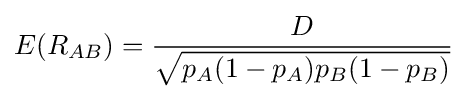
E(R_{AB})={\frac {D}{\sqrt {p_{A}(1-p_{A})p_{B}(1-p_{B})}}}